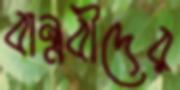
বান্ধবীদের